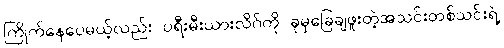
ကြိုက်နေပေမယ့်လည်း ပရီးမီးယားလိဂ်ကို ခုမှခြေချဖူးတဲ့အသင်းတစ်သင်းရဲ့